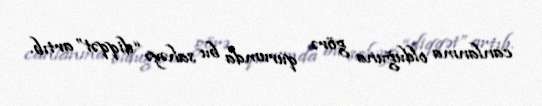
canlanma olduğuna görə qurumda bu sahəyə “diqqət” artıb.